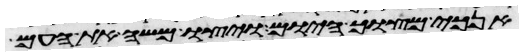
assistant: אנכי מצוך היום ויצו משה את העם